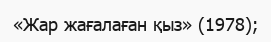
«Жар жағалаған қыз» (1978);